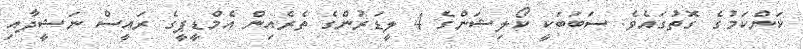
ކަންކަމުގެ ގޮތުގައެވެ. ސަބަބަކީ ކޯލިޝަންގެ 4 ލީޑަރުންގެ ތެރެއިން އެމްޑީޕީގެ ރައީސް ނަޝީދާއި